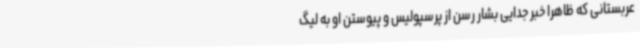
عربستانی که ظاهرا خبر جدایی بشار رسن از پرسپولیس و پیوستن او به لیگ